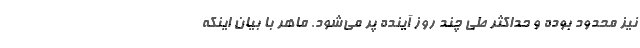
نیز محدود بوده و حداکثر طی چند روز آینده پر می‌شود. ماهر با بیان اینکه